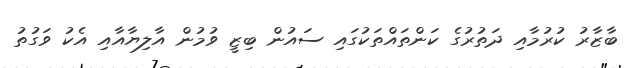
ބާޒާރު ކުރުމާއި ދަތުރުގެ ކަންތައްތަކުގައި ސައުން ބިޒީ ވުމުން އާލިޔާއާއި އެކު ވަގުތު